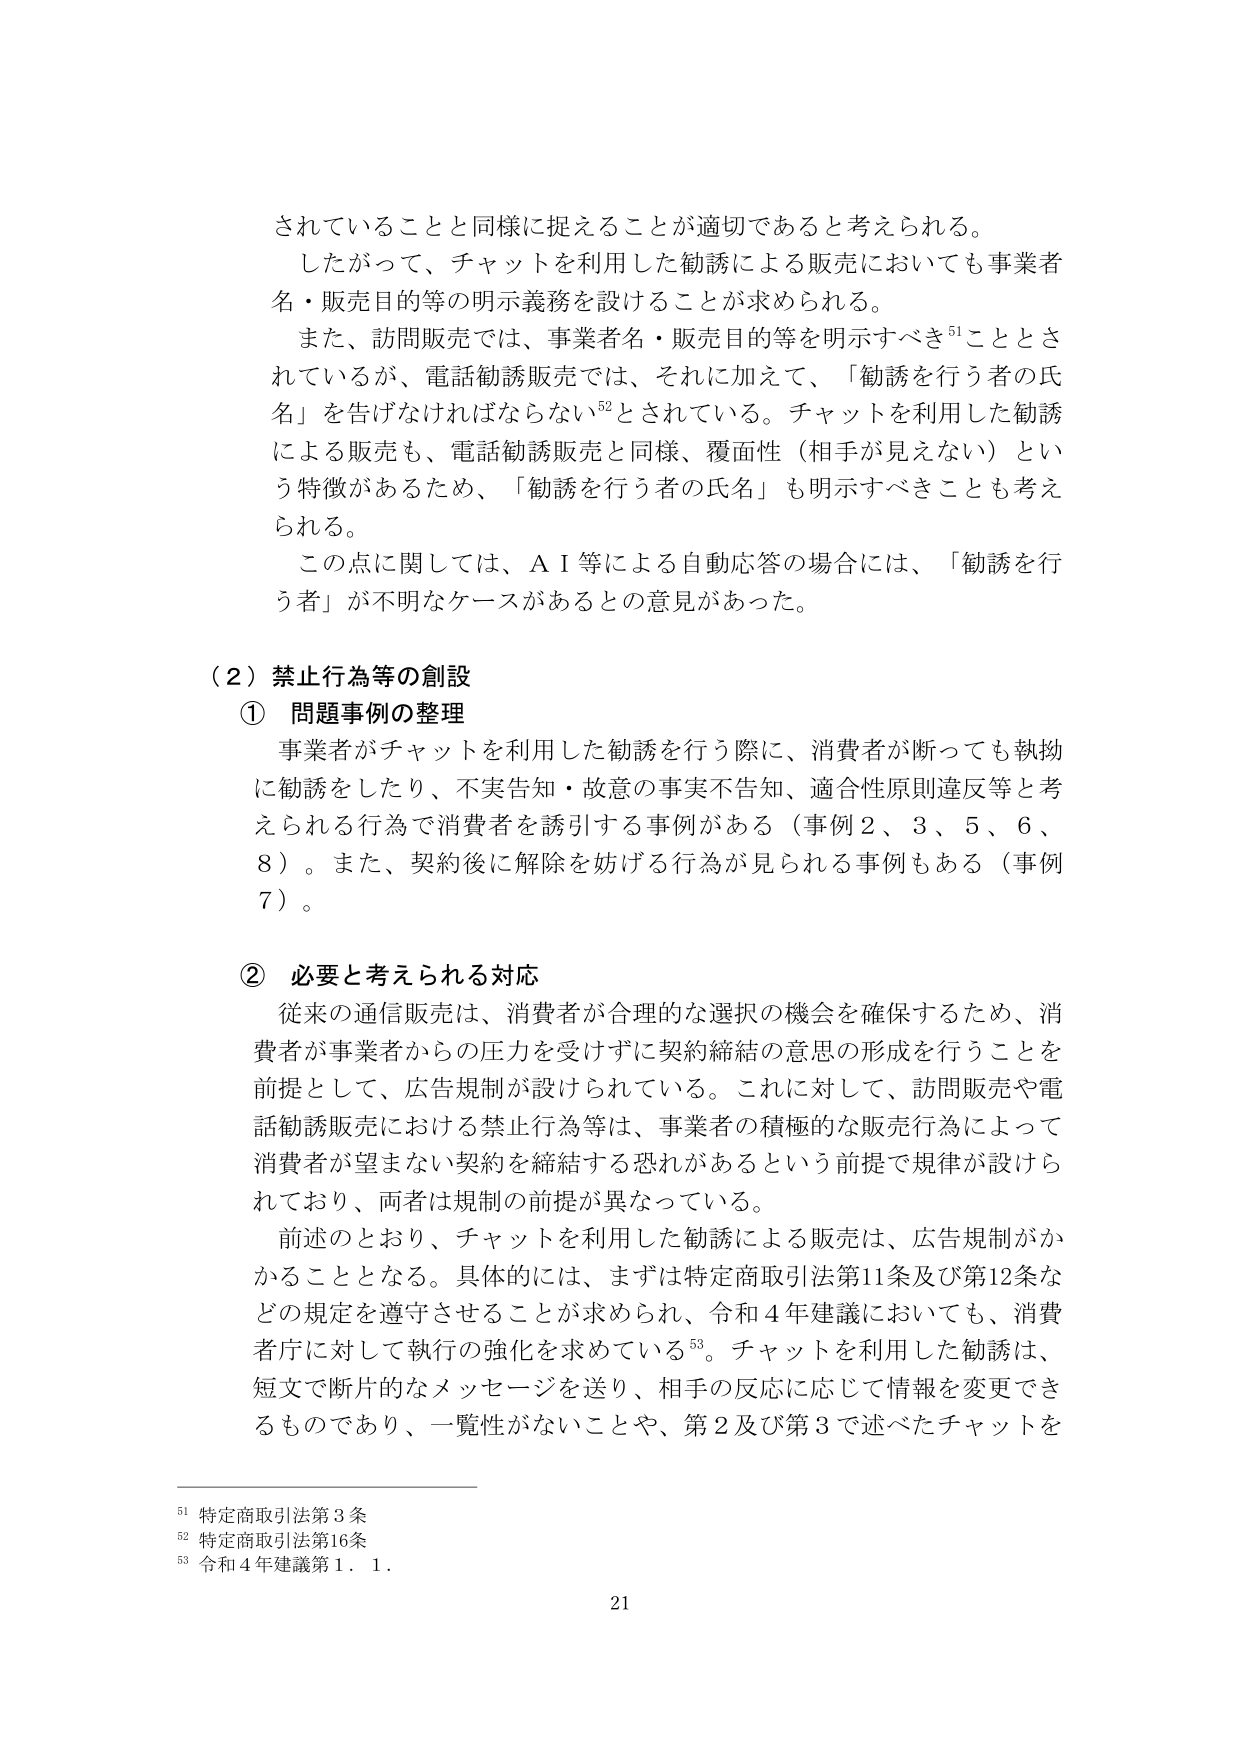
されていることと同様に捉えることが適切であると考えられる。
したがって、チャットを利用した勧誘による販売においても事業者名・販売目的等の明示義務を設けることが求められる。
また、訪問販売では、事業者名・販売目的等を明示すべき⁵¹こととされているが、電話勧誘販売では、それに加えて、「勧誘を行う者の氏名」を告げなければならない⁵²とされている。チャットを利用した勧誘による販売も、電話勧誘販売と同様、覆面性（相手が見えない）という特徴があるため、「勧誘を行う者の氏名」も明示すべきことも考えられる。
この点に関しては、ＡＩ等による自動応答の場合には、「勧誘を行う者」が不明なケースがあるとの意見があった。

（２）禁止行為等の創設
① 問題事例の整理
事業者がチャットを利用した勧誘を行う際に、消費者が断っても執拗に勧誘をしたり、不実告知・故意の事実不告知、適合性原則違反等と考えられる行為で消費者を誘引する事例がある（事例２、３、５、６、８）。また、契約後に解除を妨げる行為が見られる事例もある（事例７）。

② 必要と考えられる対応
従来の通信販売は、消費者が合理的な選択の機会を確保するため、消費者が事業者からの圧力を受けてずに契約締結の意思の形成を行うことを前提として、広告規制が設けられている。これに対して、訪問販売や電話勧誘販売における禁止行為等は、事業者の積極的な販売行為によって消費者が望まない契約を締結する恐れがあるという前提で規律が設けられており、両者は規制の前提が異なっている。
前述のとおり、チャットを利用した勧誘による販売は、広告規制がかかることとなる。具体的には、まずは特定商取引法第11条及び第12条などの規定を遵守させることが求められ、令和４年建議においても、消費者庁に対して執行の強化を求めている⁵³。チャットを利用した勧誘は、短文で断片的なメッセージを送り、相手の反応に応じて情報を変更できるものであり、一覧性がないことや、第２及び第３で述べたチャットを

⁵¹ 特定商取引法第３条
⁵² 特定商取引法第16条
⁵³ 令和４年建議第１．１．

21